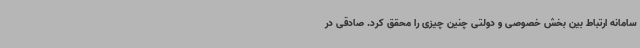
سامانه ارتباط بین بخش خصوصی و دولتی چنین چیزی را محقق کرد. صادقی در